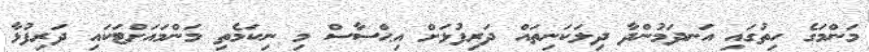
މަންމަގެ ހިތުގައި އަނދަމުންދާ ދިލަކަނިތައް ދަރިފުޅަށް އިޙްސާސް މި ނިކަމެތި މަންމައަށްޓަކައި ދަރިފުޅާ